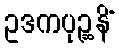
ဥဒကပုဉ္ဆနိံ